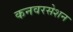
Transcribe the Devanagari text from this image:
कनवरसेशन